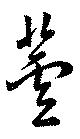
萱